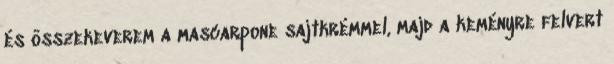
és összekeverem a mascarpone sajtkrémmel, majd a keményre felvert